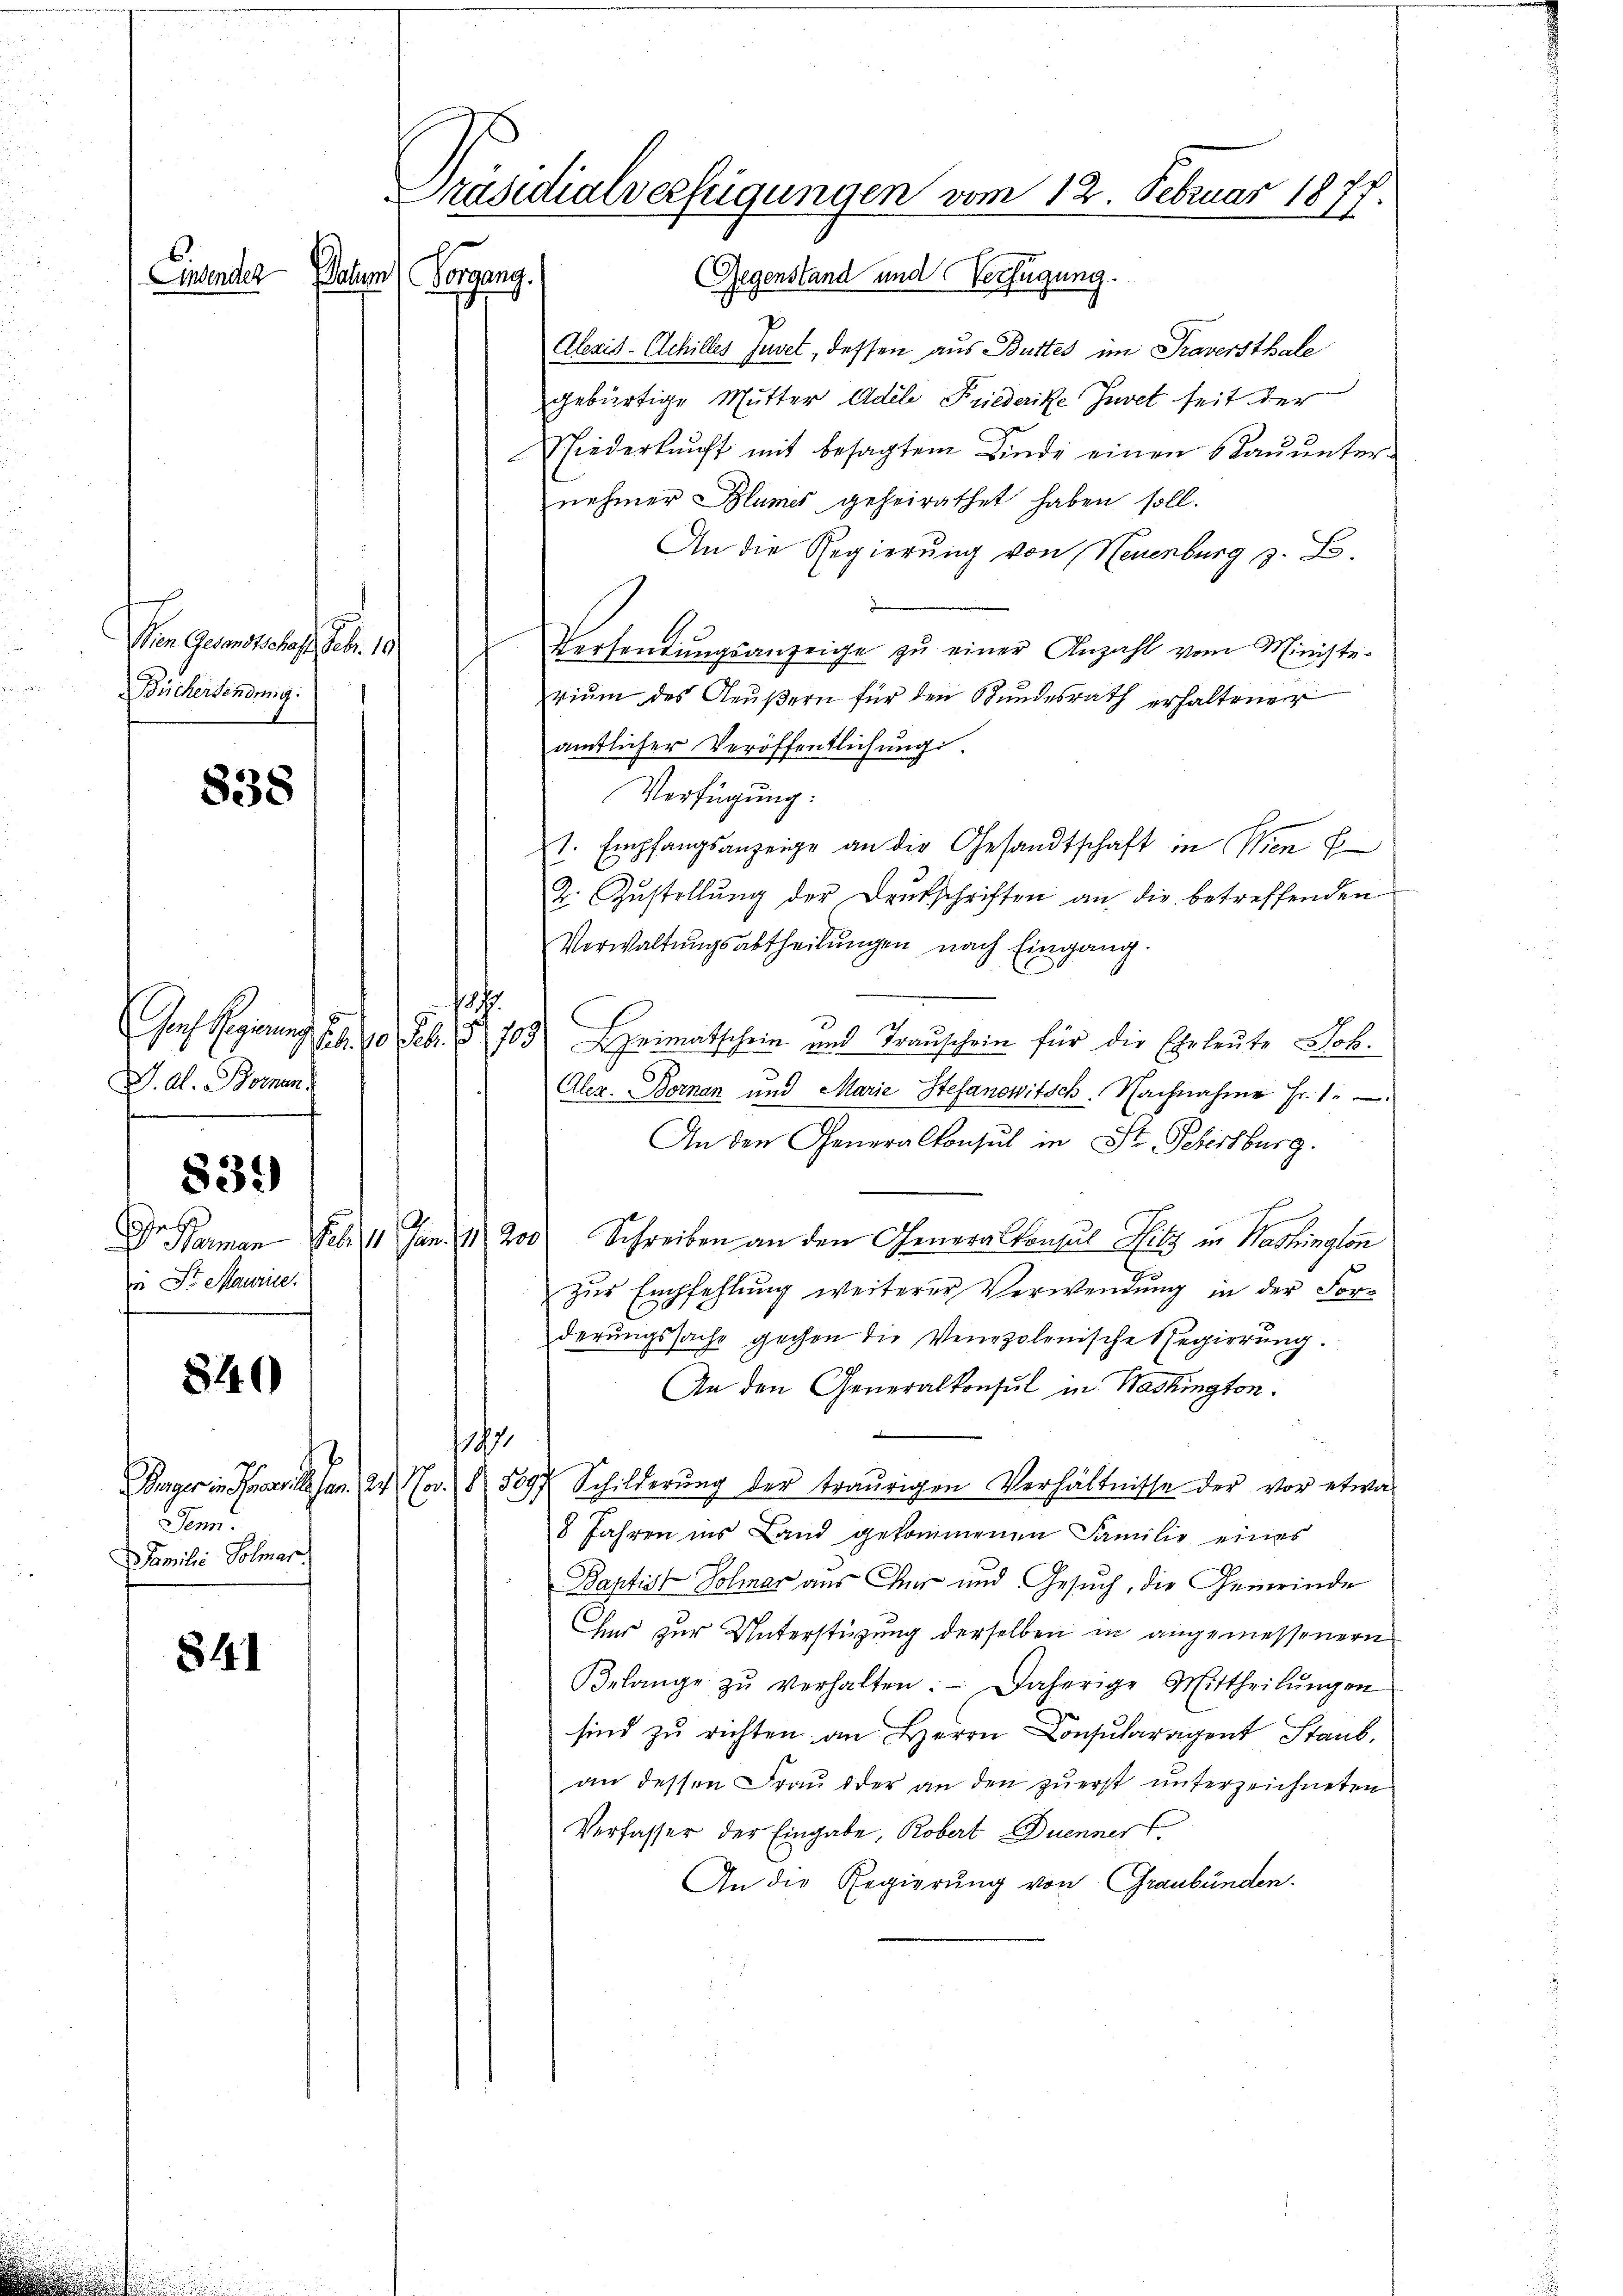
Einsender

Den Gesandtschaft Febr. 19
Büchersendmig:

838

V. Al. Bornen.
839
es
i Sr Maurice.

840

Jenn
Familie Solmar.

841

Gegenstand und Verfügung.
Alexis-Achilles Juvet, dessen aus Buttes im Traversthale
gebürtige Mutter Adele Friederike Juvet seit der
shiederkauft mit besagtem Kinde einen Bauunternehmer Blumes geheirathet haben soll.
An die Regierung von Neuenburg z. B.
Versendungsanzeige zu einer Anzahl vom Ministerium des Aeußern für den Bundesrath erhaltener
amtlicher Veröffentlichung.
Verfügung:
t. Empfangsanzeige an die Gesandtschaft in Wien f
2. Zustellŭng der Deutschriften an die betreffenden
Verwaltŭngsabtheilŭngen nach Eingang.
187
C
Gans Regierung S. 10 Febr. § 703.) Heimatschein und Trauschein für die Ehrleute Joh.
Aler. Bornan und Marie Stefanowitsch. Nachnahme Fr. 1.
An den Generalkonsul in St. Petersburg.
 Harman Feb 11 Jan. 1 200 Schreiben an den Generalkonsul Hitz in Washington
zur Empfehlung weiterer Verwendung in der Forderungssache gechen die Verepolenische Regierung.
An den Generalkonsul in Washington.
1197
Purger in Konsil. Jan. 24. Nov. 15097 Schilderung der traurigen Verhältnisse der vor etwas
8 Jahren ins Land gekommenen Familie eines
Baptist Solmar aus der und Gesuch, die Gemeinde
her zur Unterstüzung derselben in angemessenern
Belange zŭ verhalten. Daherige Mittheilŭngen
sind zŭ richten an Herrn Consularagent Staub,
an dessen Frau oder an den zuerst unterzeichneten
Verfasser der Eingabe, Robert Duenner
An die Regierung von Graubünden.

chem Vorgang.

Präsidialverfügungen vom 12. Februar 1877.